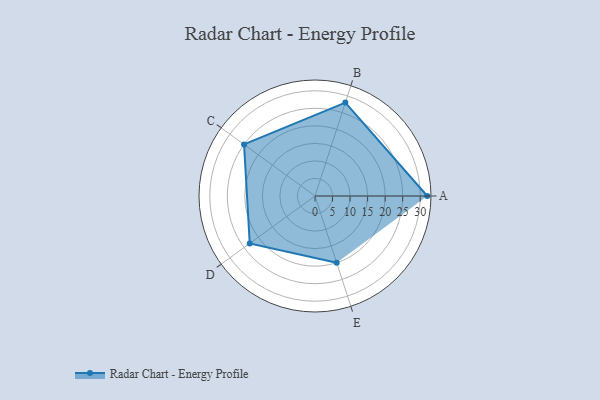
{"axis": {"x": "Skill", "y": "Score"}, "legend": ["Profile"], "data": [{"x": "A", "y": 32.0, "type": "Profile"}, {"x": "B", "y": 28.0, "type": "Profile"}, {"x": "C", "y": 25.0, "type": "Profile"}, {"x": "D", "y": 23.0, "type": "Profile"}, {"x": "E", "y": 20, "type": "Profile"}]}